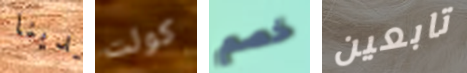
لدينا كولت خصم تابعين